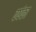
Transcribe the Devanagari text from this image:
वर्षका